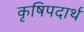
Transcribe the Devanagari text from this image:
कृषिपदार्थ